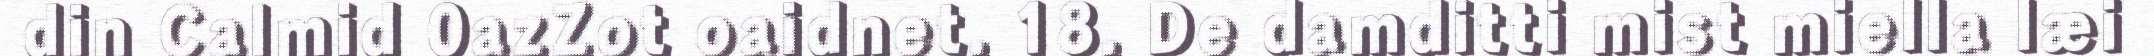
din Calmid 0azZot oaidnet. 18. De damditti mist miella læi